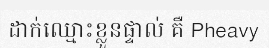
ដាក់ឈ្មោះខ្លួនផ្ទាល់ គឺ Pheavy